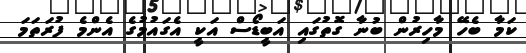
ކަމާ ބެހޭ މާހިރުން ބުނާ ގޮތުގައި އަބީޑޯސް އަކީ އެގައުމުގެ އެންމެ ފުރަތަމަ